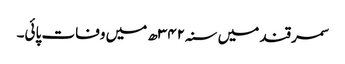
سمرقند میں سنہ۳۴۲ھ میں وفات پائی۔